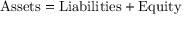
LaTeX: { \mathrm { A s s e t s } } = { \mathrm { L i a b i l i t i e s } } + { \mathrm { E q u i t y } }